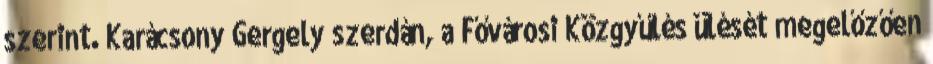
szerint. Karácsony Gergely szerdán, a Fővárosi Közgyűlés ülését megelőzően